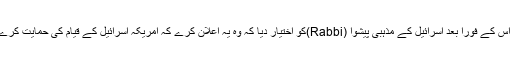
اور اس کے فوراً بعد اسرائیل کے مذہبی پیشوا (Rabbi)کو اختیار دیا کہ وہ یہ اعلان کرے کہ امریکہ اسرائیل کے قیام کی حمایت کرے گا۔